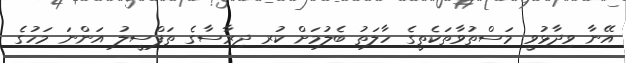
އޭނާ ވިދާޅުވީ މަސްތުވާތަކެތީގެ ހާލަތު ބެލުމަށް ކުރި ދިރާސާގެ ތަފްސީލު އަންނަ މަހުގެ